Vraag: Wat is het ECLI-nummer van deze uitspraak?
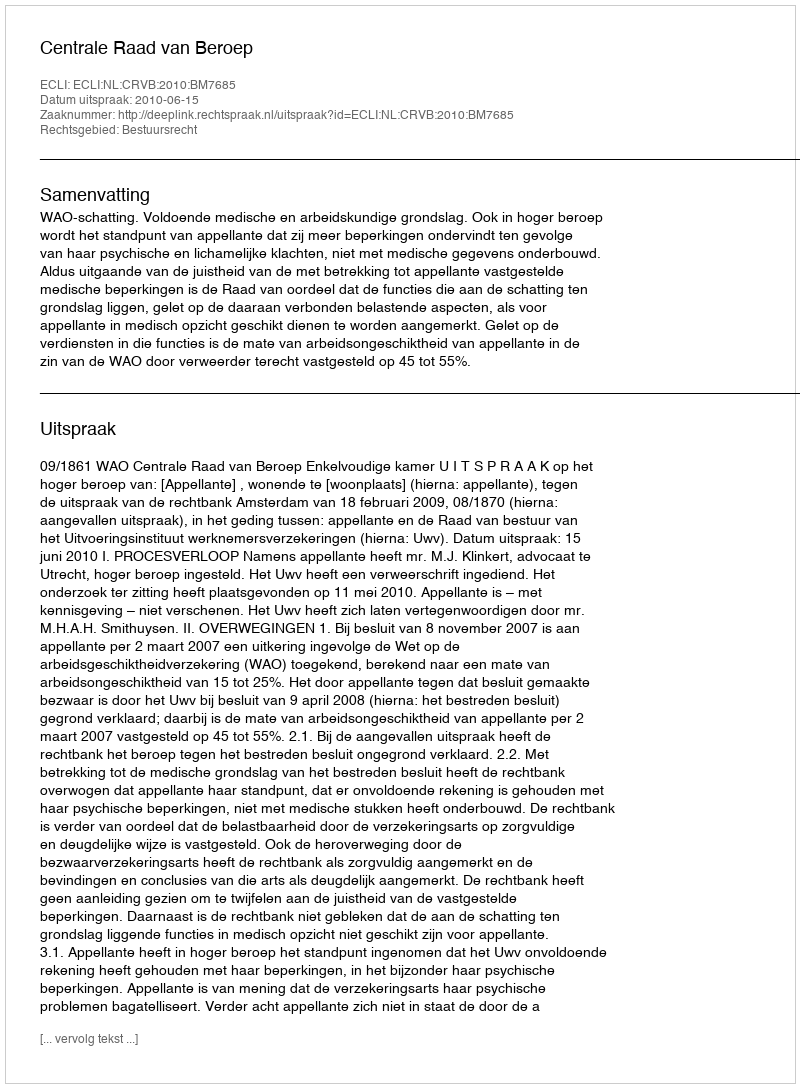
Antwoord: ECLI:NL:CRVB:2010:BM7685